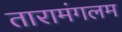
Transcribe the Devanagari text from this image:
तारामंगलम